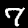
Digit: 7